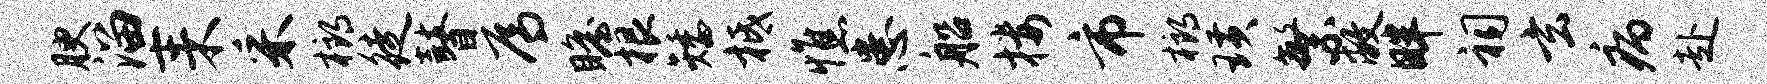
腴溜耒采榔徒瞽焉瞻根矮柢憔患船楼市榔璜繁敝畔祠玄病赴